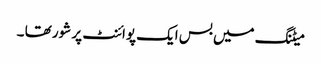
میٹنگ میں بس ایک پوائنٹ پر شور تھا ۔